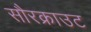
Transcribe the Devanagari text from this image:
सौरक्राउट